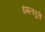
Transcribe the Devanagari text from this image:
इंगलपुरी